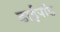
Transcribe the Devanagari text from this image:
डाईपॉड